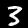
Digit: 3